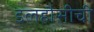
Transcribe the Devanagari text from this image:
डलहौसीची